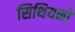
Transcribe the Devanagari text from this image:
सिथियनो